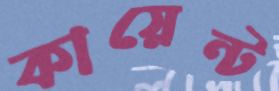
কায়েন্ট